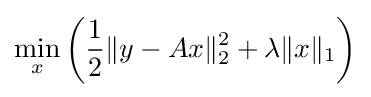
\min _{x}\left({\frac {1}{2}}\|y-Ax\|_{2}^{2}+\lambda \|x\|_{1}\right)